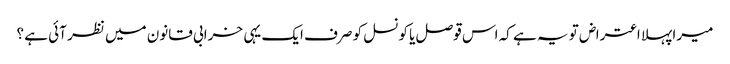
میرا پہلا اعتراض تو یہ ہے کہ اس قوصل یا کونسل کو صرف ایک یہی خرابی قانون میں نظر آئی ہے ؟